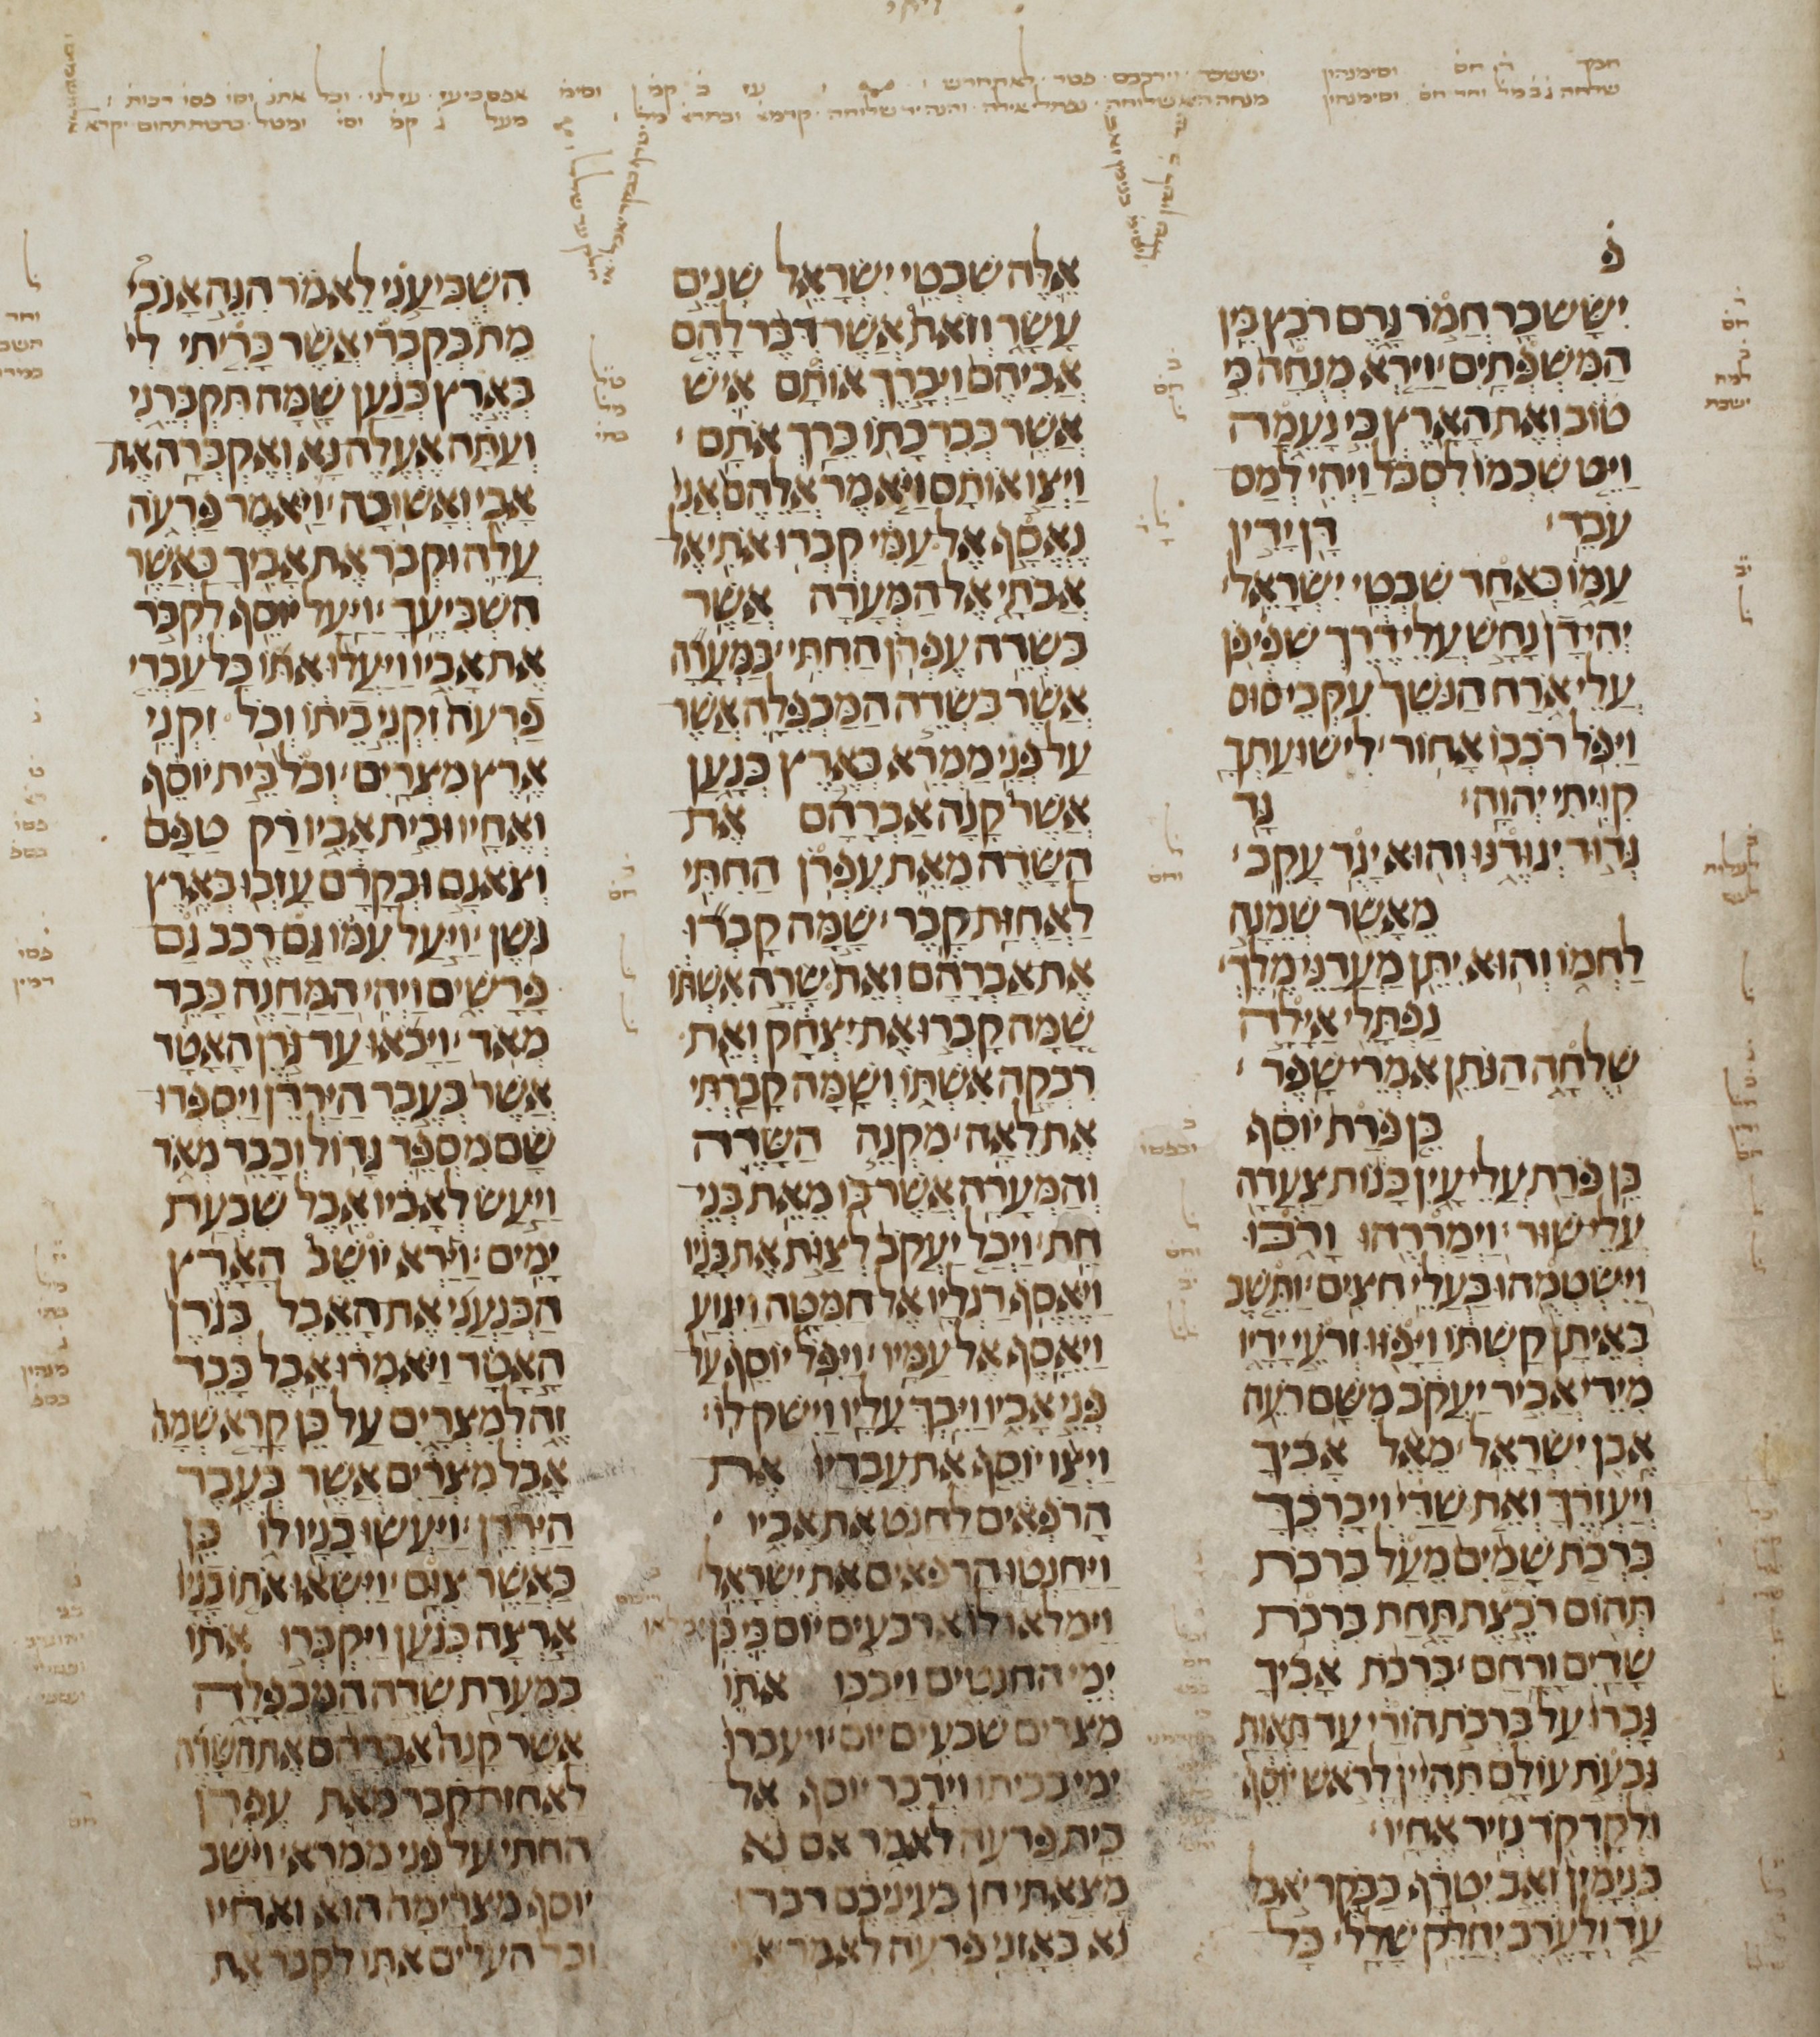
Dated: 1200–1299